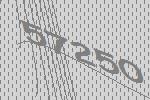
57250